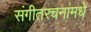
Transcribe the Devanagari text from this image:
संगीतरचनांमधे